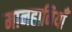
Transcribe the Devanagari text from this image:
मानहानियाँ